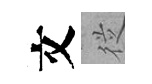
文従